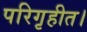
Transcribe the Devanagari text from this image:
परिगृहीत।